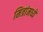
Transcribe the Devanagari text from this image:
मित्रांमध्ये